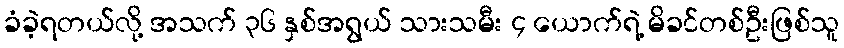
ခံခဲ့ရတယ်လို့ အသက် ၃၆ နှစ်အရွယ် သားသမီး ၄ ယောက်ရဲ့ မိခင်တစ်ဦးဖြစ်သူ